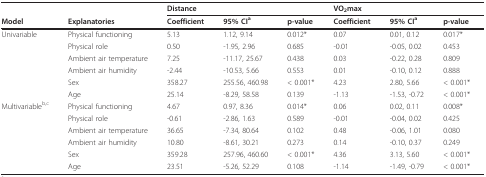
<table><thead><tr><td></td><td></td><td colspan="3"><b>Distance</b></td><td colspan="3"><b>VO<sub>2</sub>max</b></td></tr><tr><td><b>Model</b></td><td><b>Explanatories</b></td><td><b>Coefficient</b></td><td><b>95% CI<sup>a</sup></b></td><td><b>p-value</b></td><td><b>Coefficient</b></td><td><b>95% CI<sup>a</sup></b></td><td><b>p-value</b></td></tr></thead><tbody><tr><td>Univariable</td><td>Physical functioning</td><td>5.13</td><td>1.12, 9.14</td><td>0.012*</td><td>0.07</td><td>0.01, 0.12</td><td>0.017*</td></tr><tr><td></td><td>Physical role</td><td>0.50</td><td>-1.95, 2.96</td><td>0.685</td><td>-0.01</td><td>-0.05, 0.02</td><td>0.453</td></tr><tr><td></td><td>Ambient air temperature</td><td>7.25</td><td>-11.17, 25.67</td><td>0.438</td><td>0.03</td><td>-0.22, 0.28</td><td>0.809</td></tr><tr><td></td><td>Ambient air humidity</td><td>-2.44</td><td>-10.53, 5.66</td><td>0.553</td><td>0.01</td><td>-0.10, 0.12</td><td>0.888</td></tr><tr><td></td><td>Sex</td><td>358.27</td><td>255.56, 460.98</td><td>&lt; 0.001*</td><td>4.23</td><td>2.80, 5.66</td><td>&lt; 0.001*</td></tr><tr><td></td><td>Age</td><td>25.14</td><td>-8.29, 58.58</td><td>0.139</td><td>-1.13</td><td>-1.53, -0.72</td><td>&lt; 0.001*</td></tr><tr><td>Multivariable<sup>b,c</sup></td><td>Physical functioning</td><td>4.67</td><td>0.97, 8.36</td><td>0.014*</td><td>0.06</td><td>0.02, 0.11</td><td>0.008*</td></tr><tr><td></td><td>Physical role</td><td>-0.61</td><td>-2.86, 1.63</td><td>0.589</td><td>-0.01</td><td>-0.04, 0.02</td><td>0.425</td></tr><tr><td></td><td>Ambient air temperature</td><td>36.65</td><td>-7.34, 80.64</td><td>0.102</td><td>0.48</td><td>-0.06, 1.01</td><td>0.080</td></tr><tr><td></td><td>Ambient air humidity</td><td>10.80</td><td>-8.61, 30.21</td><td>0.273</td><td>0.14</td><td>-0.10, 0.37</td><td>0.249</td></tr><tr><td></td><td>Sex</td><td>359.28</td><td>257.96, 460.60</td><td>&lt; 0.001*</td><td>4.36</td><td>3.13, 5.60</td><td>&lt; 0.001*</td></tr><tr><td></td><td>Age</td><td>23.51</td><td>-5.26, 52.29</td><td>0.108</td><td>-1.14</td><td>-1.49, -0.79</td><td>&lt; 0.001*</td></tr></tbody></table>